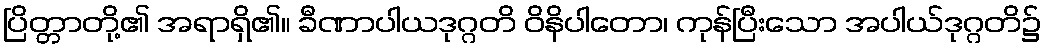
ပြိတ္တာတို့၏ အရာရှိ၏။ ခီဏာပါယဒုဂ္ဂတိ ဝိနိပါတော၊ ကုန်ပြီးသော အပါယ်ဒုဂ္ဂတိ၌